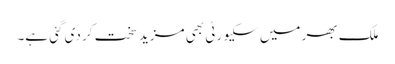
ملک بھر میں سکیورٹی بھی مزید سخت کر دی گئی ہے۔